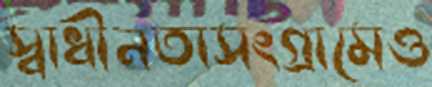
স্বাধীনতাসংগ্রামেও